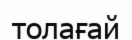
толағай